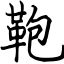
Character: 鞄